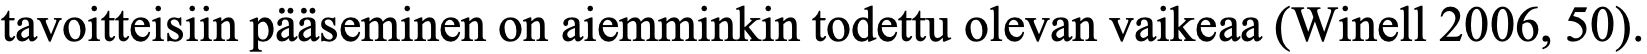
tavoitteisiin pääseminen on aiemminkin todettu olevan vaikeaa (Winell 2006, 50).